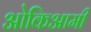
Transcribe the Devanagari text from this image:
ओकिआमी